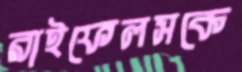
রাইফেলসকে